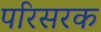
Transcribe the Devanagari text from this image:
परिसरक